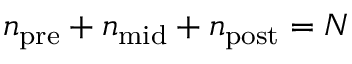
n _ { \mathrm { p r e } } + n _ { \mathrm { m i d } } + n _ { \mathrm { p o s t } } = N